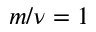
m / \nu = 1